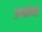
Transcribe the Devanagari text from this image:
उचाईयों